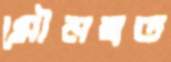
মৌনব্রত